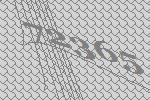
72365